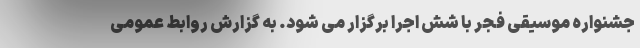
جشنواره موسیقی فجر با شش اجرا برگزار می شود. به گزارش روابط عمومی